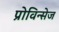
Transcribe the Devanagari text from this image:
प्रोविन्सेज